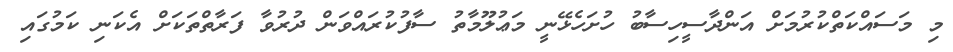
މި މަސައްކަތްކުރުމަށް އަންދާސީހިސާބު ހުށަހެޅޭނީ މަޢުލޫމާތު ސާފުކުރައްވަން ދުރުވާ ފަރާތްތަކަށް އެކަނި ކަމުގައި